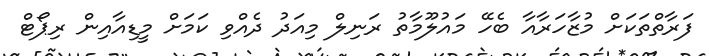
ފަރާތްތަކަށް މުޒާހަރާއާ ބެހޭ މައުލޫމާތު ރަނިލް މިއަދު ދެއްވި ކަމަށް މީޑިއާއިން ރިޕޯޓް